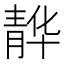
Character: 𮸭